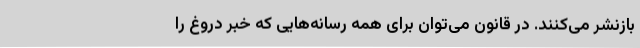
بازنشر می‌کنند. در قانون می‌توان برای همه رسانه‌هایی که خبر دروغ را